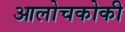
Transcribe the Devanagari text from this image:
आलोचकोकी